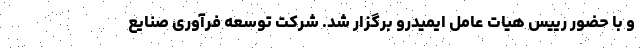
و با حضور رییس هیات عامل ایمیدرو برگزار شد. شرکت توسعه فرآوری صنایع